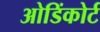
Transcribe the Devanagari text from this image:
ओडिंकोर्ट